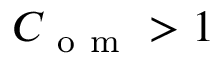
C _ { \mathrm { ~ o ~ m ~ } } > 1